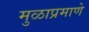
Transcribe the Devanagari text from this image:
मुळाप्रमाणे